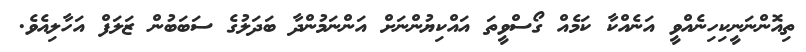
ތިއޮންނަނީކިހިނެއްވީ އަނެއްކާ ކަމެއް ގޯސްވީތަ އައްކިޔުންނަށް އަންނަމުންދާ ބަދަލުގެ ސަބަބުން ޒަލަފް އަހާލިއެވެ.